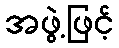
အဖွဲ့ဖြင့်